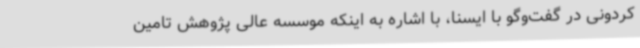
کردونی در گفت‌وگو با ایسنا، با اشاره به اینکه موسسه عالی پژوهش تامین